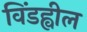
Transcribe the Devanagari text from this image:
विंडह्वील